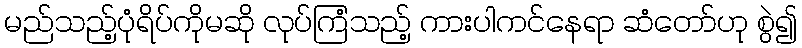
မည်သည့်ပုံရိပ်ကိုမဆို လုပ်ကြံသည့် ကားပါကင်နေရာ ဆံတော်ဟု စွဲ၍